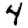
Digit: 4